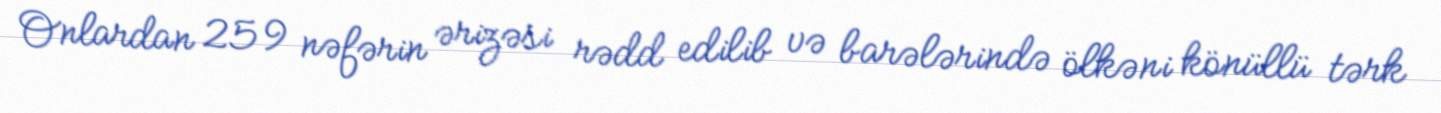
Onlardan 259 nəfərin ərizəsi rədd edilib və barələrində ölkəni könüllü tərk